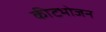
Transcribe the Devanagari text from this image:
कीटभोजन